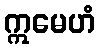
ဣမေဟံ